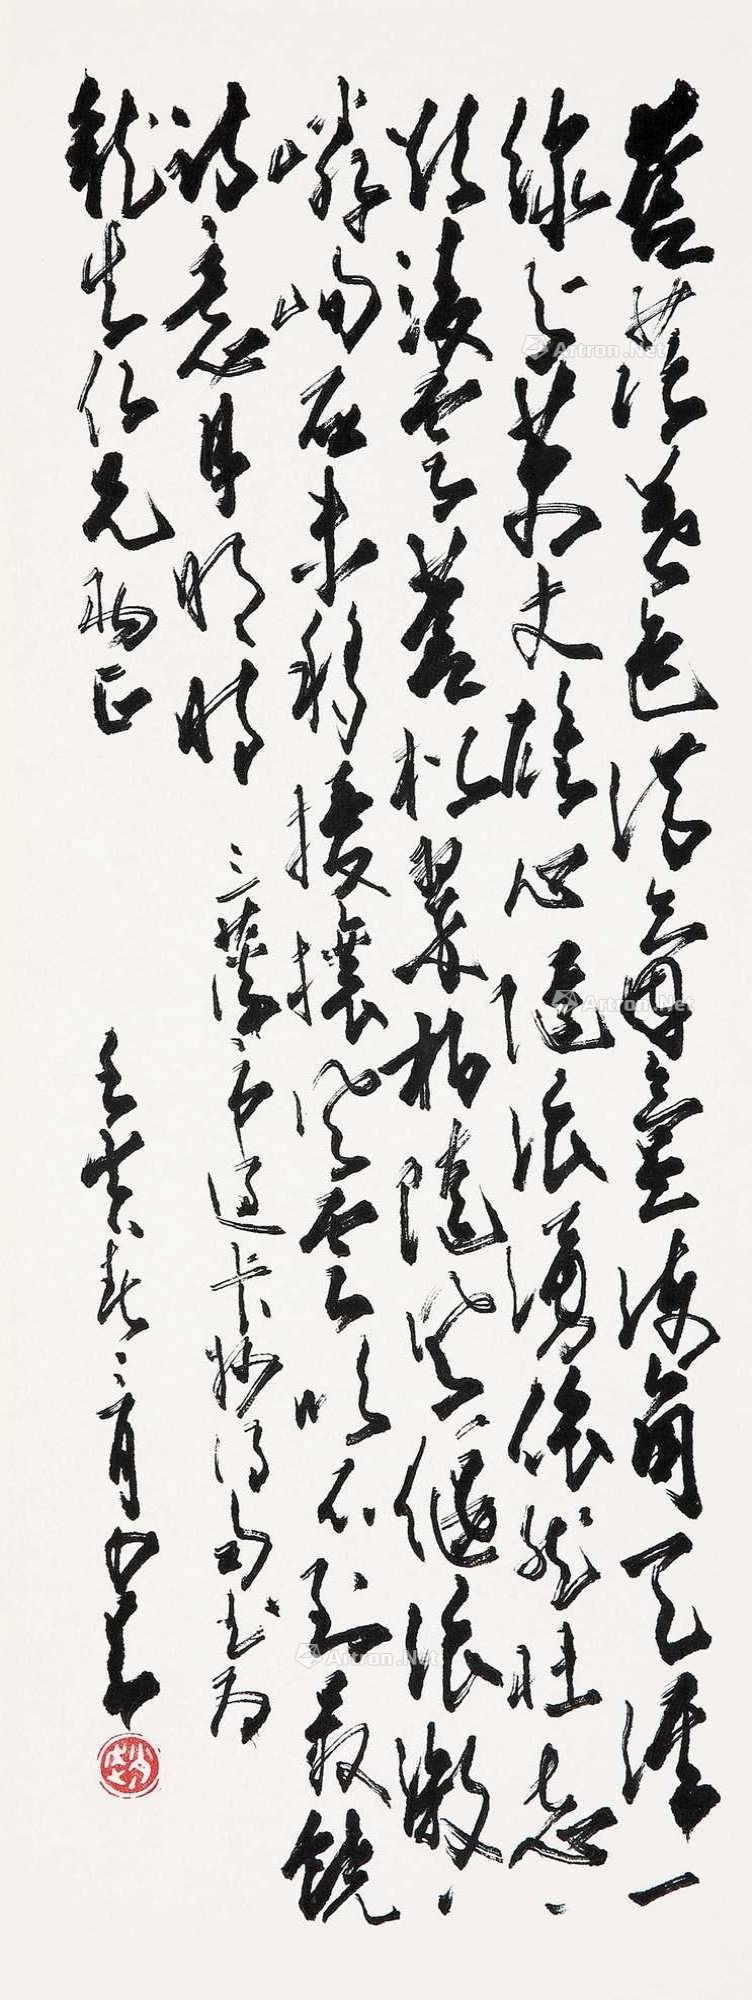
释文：苍茫暮色满氤氲，海角天涯一线分。万丈雄心随浪涌，依然壮志欲凌云。苍松翠柏随风偃，浪激嶙峋石未移。扰攘风云吹不到，影饶诗意月明时。过卡州得句。书为龙生仁兄雅正，壬寅春三月少昂。